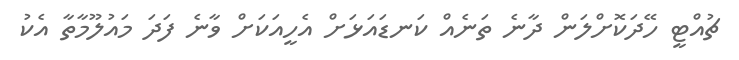
ޗުއްޓީ ހޭދަކޮށްލަން ދާނެ ތަނެއް ކަނޑައަޅަށް އެހީއަކަށް ވާނެ ފަދަ މައުލޫމާތާ އެކު